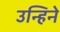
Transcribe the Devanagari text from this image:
उन्हिने